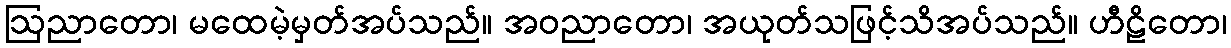
ဩညာတော၊ မထေမဲ့မှတ်အပ်သည်။ အဝညာတော၊ အယုတ်သဖြင့်သိအပ်သည်။ ဟီဠိတော၊